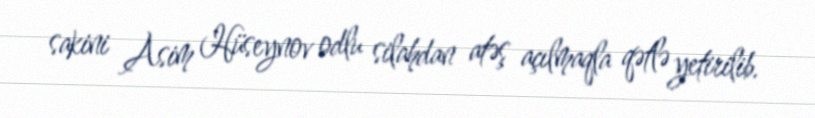
sakini Asim Hüseynov odlu silahdan atəş açılmaqla qətlə yetirilib.